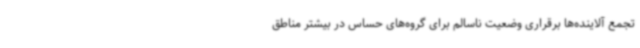
تجمع آلاینده‌ها برقراری وضعیت ناسالم برای گروه‌های حساس در بیشتر مناطق